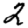
Digit: 2